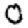
Digit: 0